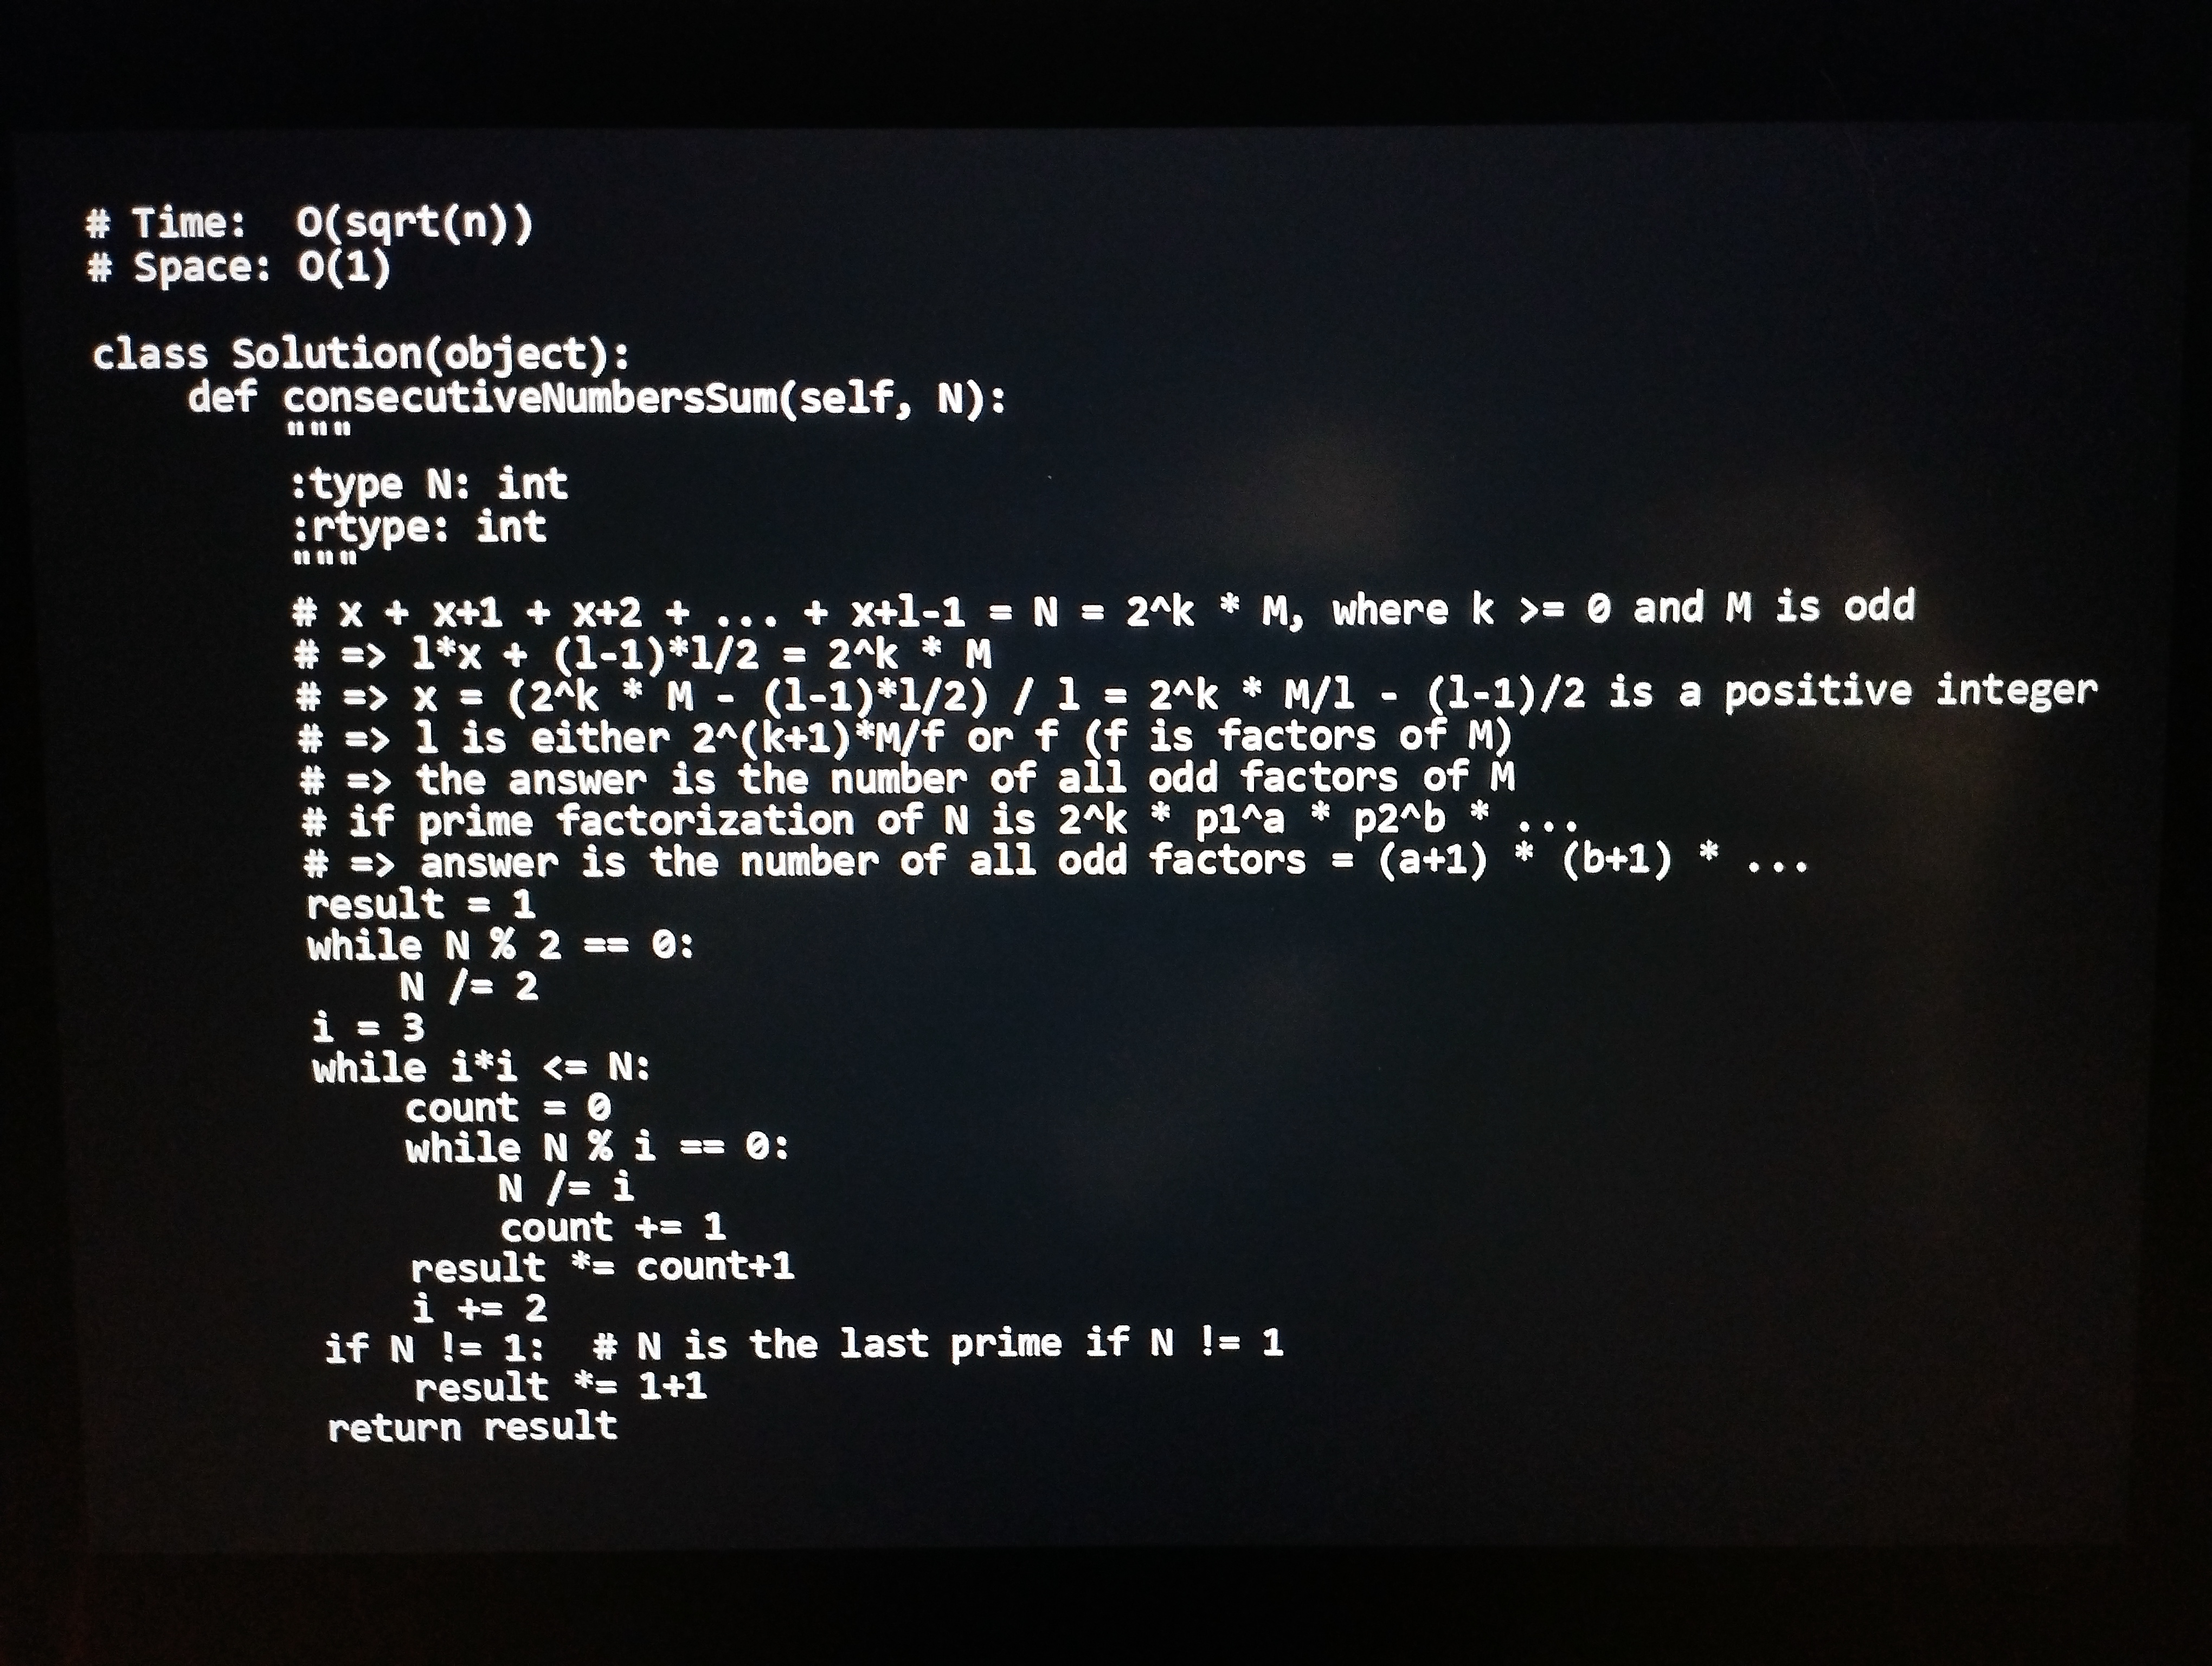
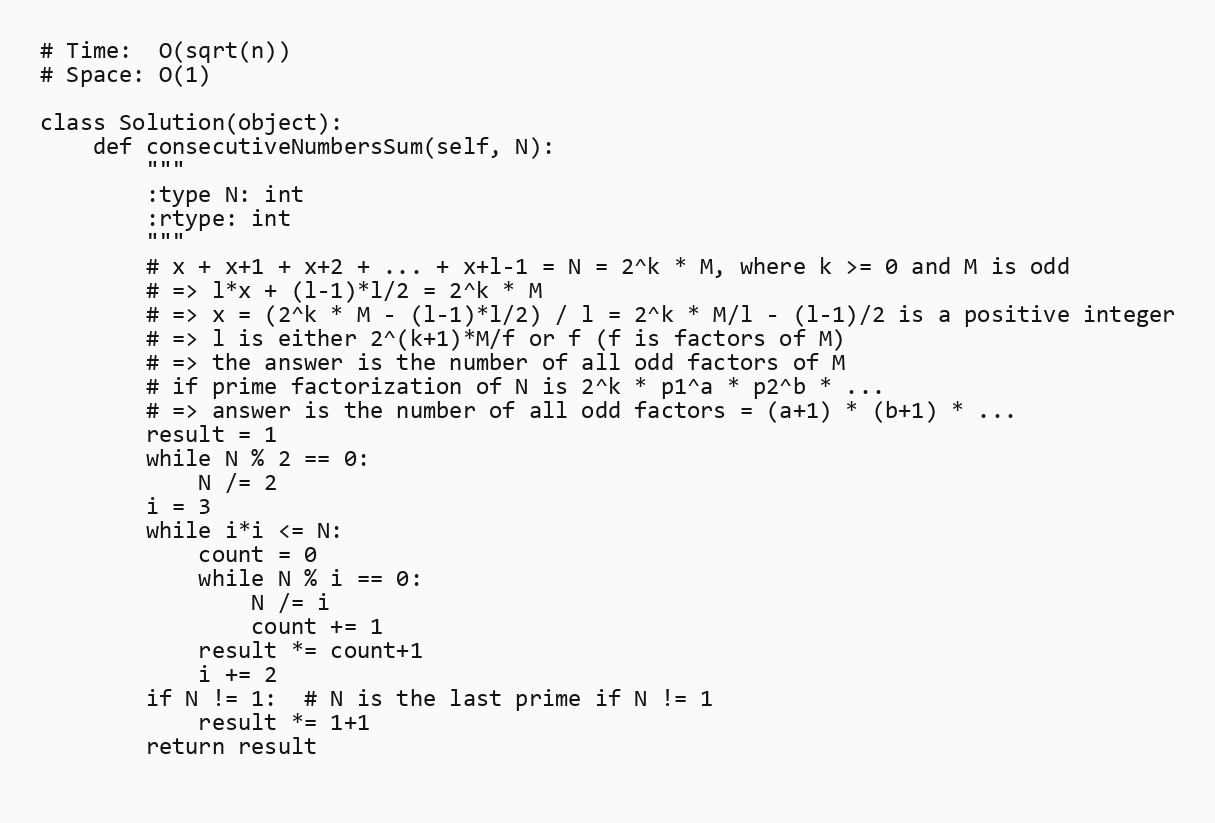
# Time:  O(sqrt(n))
# Space: O(1)

class Solution(object):
    def consecutiveNumbersSum(self, N):
        """
        :type N: int
        :rtype: int
        """
        # x + x+1 + x+2 + ... + x+l-1 = N = 2^k * M, where k >= 0 and M is odd
        # => l*x + (l-1)*l/2 = 2^k * M
        # => x = (2^k * M - (l-1)*l/2) / l = 2^k * M/l - (l-1)/2 is a positive integer
        # => l is either 2^(k+1)*M/f or f (f is factors of M)
        # => the answer is the number of all odd factors of M
        # if prime factorization of N is 2^k * p1^a * p2^b * ...
        # => answer is the number of all odd factors = (a+1) * (b+1) * ...
        result = 1
        while N % 2 == 0:
            N /= 2
        i = 3
        while i*i <= N:
            count = 0
            while N % i == 0:
                N /= i
                count += 1
            result *= count+1
            i += 2
        if N != 1:  # N is the last prime if N != 1
            result *= 1+1
        return result